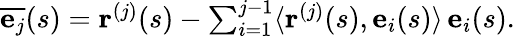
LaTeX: \begin{array}{r}{{\overline{{\mathbf{e}_{j}}}}(s)=\mathbf{r}^{(j)}(s)-\sum_{i=1}^{j-1}\langle\mathbf{r}^{(j)}(s),\mathbf{e}_{i}(s)\rangle\, \mathbf{e}_{i}(s).}\end{array}